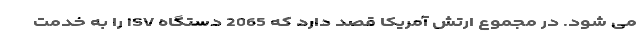
می شود. در مجموع ارتش آمریکا قصد دارد که 2065 دستگاه ISV را به خدمت